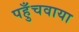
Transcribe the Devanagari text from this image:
पहुँचवाया